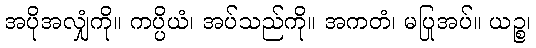
အပိုအလျှံကို။ ကပ္ပိယံ၊ အပ်သည်ကို။ အကတံ၊ မပြုအပ်။ ယဉ္စ၊